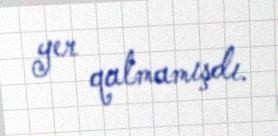
yer qalmamışdı.